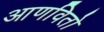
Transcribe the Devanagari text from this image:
आणवितो